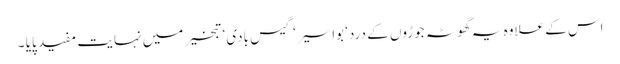
اس کے علاوہ یہ گھوٹہ جوڑوں کے درد‘ بواسیر‘ گیس بادی‘ تبخیر میں نہایت مفید پایا ۔